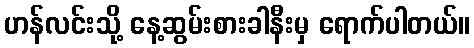
ဟန်လင်းသို့ နေ့ဆွမ်းစားခါနီးမှ ရောက်ပါတယ်။